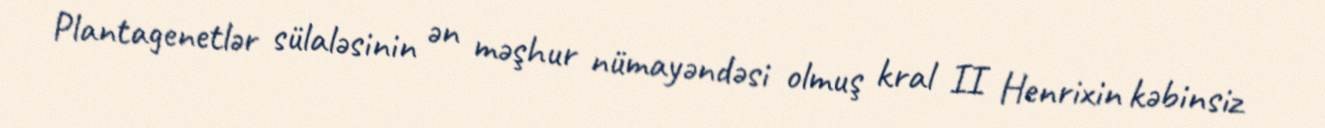
Plantagenetlər sülaləsinin ən məşhur nümayəndəsi olmuş kral II Henrixin kəbinsiz